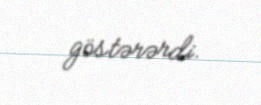
göstərərdi.